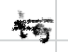
Text: is
Cross-out: mix
Writing tool: digital_black